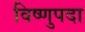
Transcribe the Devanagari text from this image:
विष्‍णुपदा